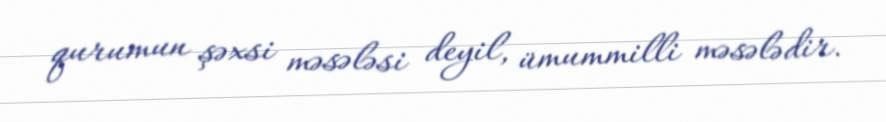
qurumun şəxsi məsələsi deyil, ümummilli məsələdir.